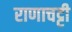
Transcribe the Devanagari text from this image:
राणाचट्टी